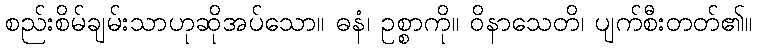
စည်းစိမ်ချမ်းသာဟုဆိုအပ်သော။ ဓနံ၊ ဥစ္စာကို။ ဝိနာသေတိ၊ ပျက်စီးတတ်၏။